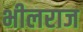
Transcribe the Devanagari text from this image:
भीलराज